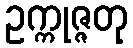
ဥက္ကုဇ္ဇတု